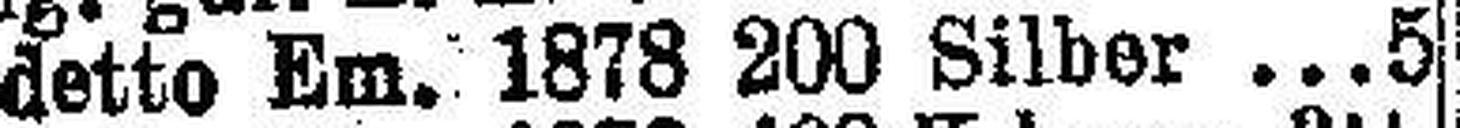
detto Em. 1878 200 Silber 5